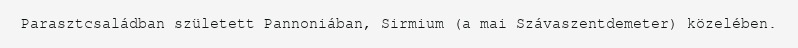
Parasztcsaládban született Pannoniában, Sirmium (a mai Szávaszentdemeter) közelében.